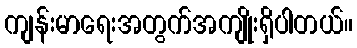
ကျန်းမာရေးအတွက်အကျိုးရှိပါတယ်။